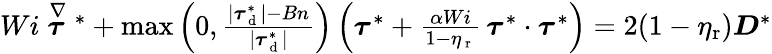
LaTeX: \begin{array}{r}{Wi\stackrel{\nabla}{\boldsymbol{\tau}}{}^{*}+\operatorname*{max}\left(0,\frac{|\boldsymbol{\tau}_{\mathrm{~d~}}^{*}|-Bn}{|\boldsymbol{\tau}_{\mathrm{~d~}}^{*}|}\right)\left(\boldsymbol{\tau}^{*}+\frac{\alpha Wi}{1-\eta_{\mathrm{~r~}}}\, \boldsymbol{\tau}^{*}\cdot\boldsymbol{\tau}^{*}\right)=2(1-\eta_{\mathrm{r}})\boldsymbol{D}^{*}}\end{array}